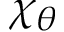
\chi _ { \theta }